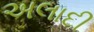
અલાદી